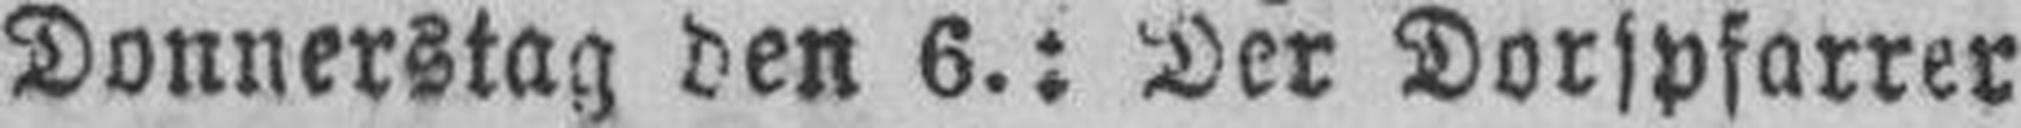
Donnerstag den 6.: Der Dorspfarrer